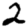
Digit: 2